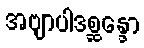
အဗျာပါဒစ္ဆန္ဒော